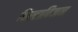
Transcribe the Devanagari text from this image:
विस्टाविजन